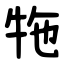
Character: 㸱